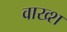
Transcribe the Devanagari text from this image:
वाख्श